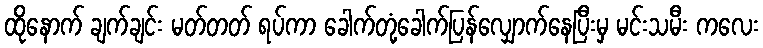
ထိုနောက် ချက်ချင်း မတ်တတ် ရပ်ကာ ခေါက်တုံ့ခေါက်ပြန်လျှောက်နေပြီးမှ မင်းသမီး ကလေး